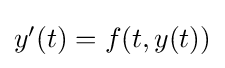
{\textstyle y'(t)=f(t,y(t))}